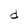
Character: d